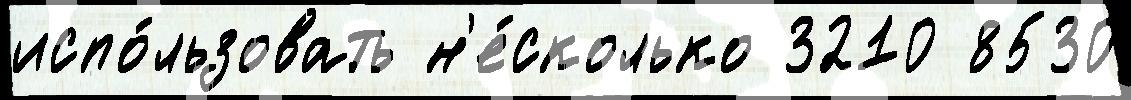
испо́льзовать н'е́сколько 3210 8530